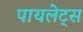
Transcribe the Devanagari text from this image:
पायलेट्स